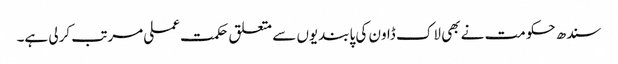
سندھ حکومت نے بھی لاک ڈاون کی پابندیوں سے متعلق حکمت عملی مرتب کرلی ہے۔